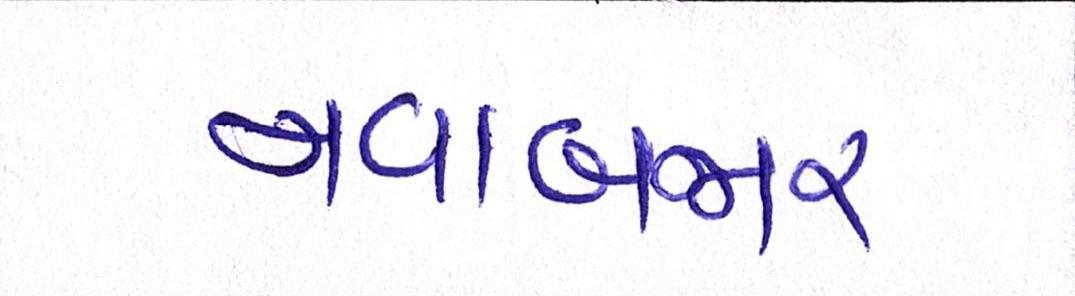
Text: નવાબજાર